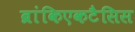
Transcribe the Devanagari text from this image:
ब्रांकिएकटैसिस